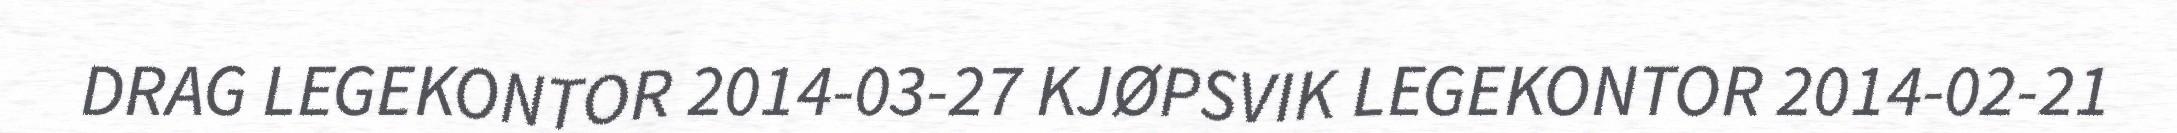
DRAG LEGEKONTOR 2014-03-27 KJØPSVIK LEGEKONTOR 2014-02-21